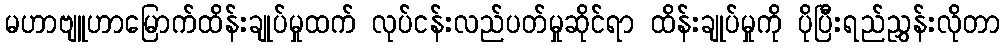
မဟာဗျူဟာမြောက်ထိန်းချုပ်မှုထက် လုပ်ငန်းလည်ပတ်မှုဆိုင်ရာ ထိန်းချုပ်မှုကို ပိုပြီးရည်ညွှန်းလိုတာ